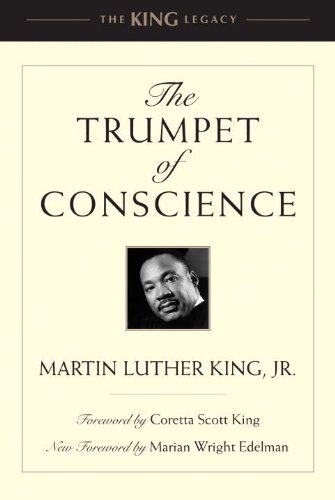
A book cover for The Trumpet of Conscience (King Legacy); Martin Luther King Jr.; History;